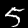
Label: 5